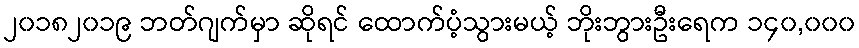
၂၀၁၈၂၀၁၉ ဘတ်ဂျက်မှာ ဆိုရင် ထောက်ပံ့သွားမယ့် ဘိုးဘွားဦးရေက ၁၄၀,၀၀၀